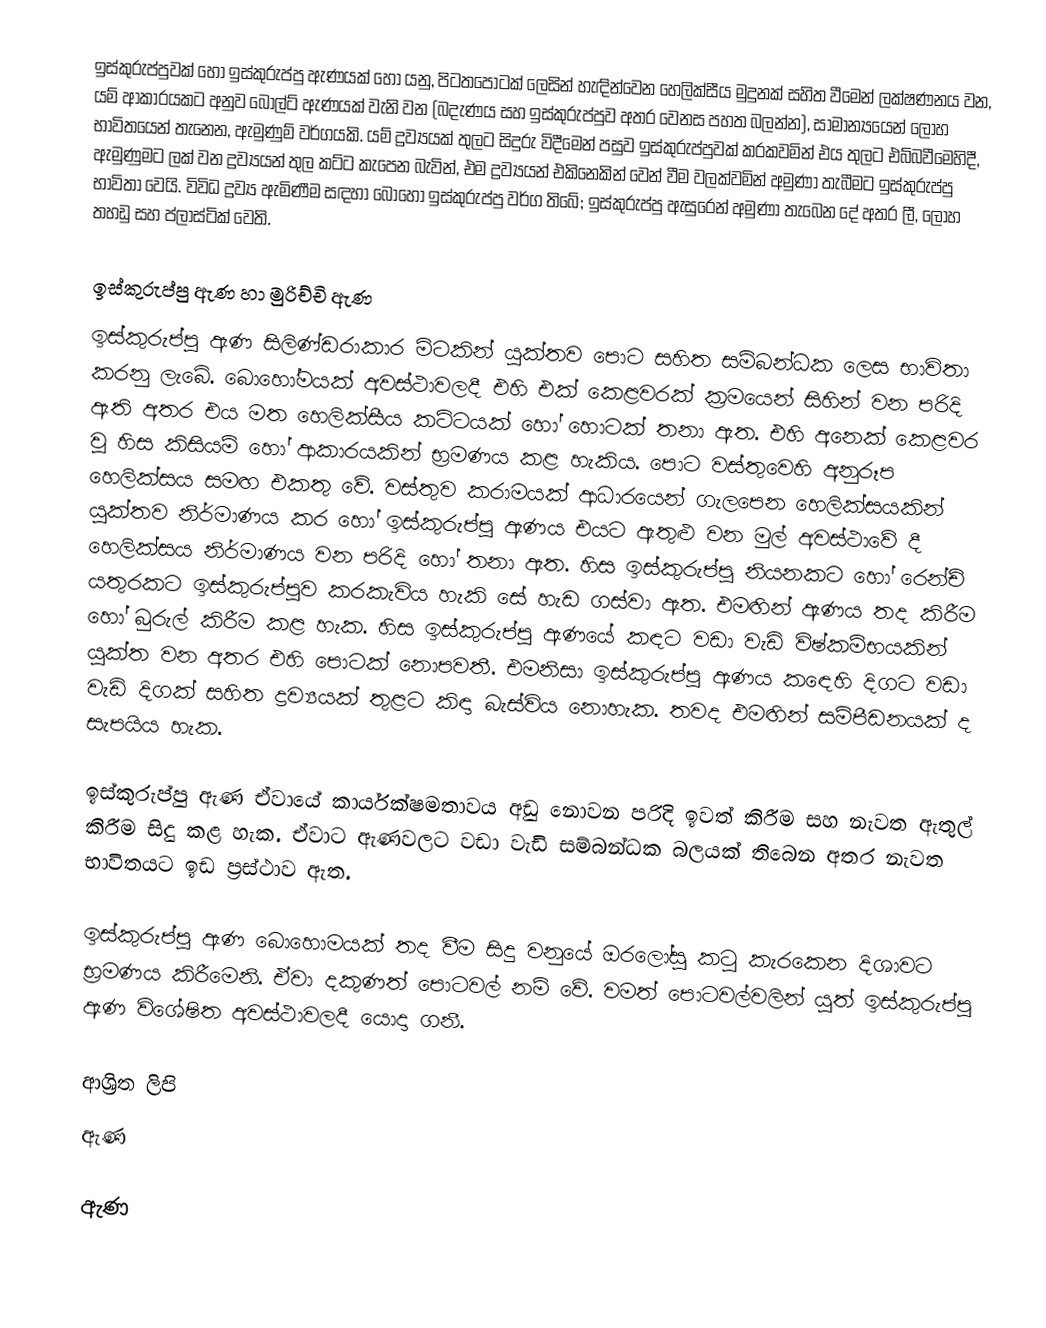
ඉස්කුරුප්පුවක්  හෝ ඉස්කුරුප්පු ඇණයක් හෝ යනු,   පිටතපොටක් ලෙසින් හැඳින්වෙන හෙලික්සීය මුදුනක් සහිත වීමෙන් ලක්ෂණනය වන,  යම් ආකාරයකට අනුව බෝල්ට් ඇණයක් වැනි වන (බදැණය සහ ඉස්කුරුප්පුව අතර වෙනස පහත බලන්න), සාමාන්‍යයෙන් ලෝහ භාවිතයෙන් තැනෙන, ඇමුණුම් වර්ගයකි. යම් ද්‍රව්‍යයක් තුලට සිදුරු විදීමෙන් පසුව ඉස්කුරුප්පුවක් කරකවමින් එය තුලට එබ්බවීමෙහිදී, ඇමුණුමට ලක් වන ද්‍රව්‍යයන් තුල කට්ට කැපෙන බැවින්, එම ද්‍රව්‍යයන් එකිනෙකින් වෙන් වීම වලක්වමින්  අමුණා තැබීමට ඉස්කුරුප්පු භාවිතා වෙයි.  විවිධ ද්‍රව්‍ය ඇමිණීම සඳහා බොහෝ ඉස්කුරුප්පු වර්ග තිබේ; ඉස්කුරුප්පු ඇසුරෙන් අමුණා තැබෙන දේ අතර ලී, ලෝහ තහඩු සහ ප්ලාස්ටික් වෙති.

ඉස්කුරුප්පු ඇණ හා මුරිච්චි ඇණ
ඉස්කුරුප්පු ඇණ සිලිණ්ඩරාකාර මිටකින් යුක්තව පොට සහිත සම්බන්ධක ලෙස භාවිතා කරනු ලැබේ. බොහෝමයක් අවස්ථාවලදී එහි එක් කෙළවරක් ක්‍රමයෙන් සිහින් වන පරිදි ඇති අතර එය මත හෙලික්සීය කට්ටයක් හෝ හොටක් තනා ඇත. එහි අනෙක් කෙළවර වූ හිස කිසියම් හෝ ආකාරයකින් භ්‍රමණය කළ හැකිය. පොට වස්තුවෙහි අනුරූප හෙලික්සය සමඟ එකතු වේ. වස්තුව කරාමයක් ආධාරයෙන් ගැලපෙන හෙලික්සයකින් යුක්තව නිර්මාණය කර හෝ ඉස්කුරුප්පු ඇණය එයට ඇතුළු වන මුල් අවස්ථාවේ දී හෙලික්සය නිර්මාණය වන පරිදි හෝ තනා ඇත. හිස ඉස්කුරුප්පු නියනකට හෝ රෙන්ච් යතුරකට ඉස්කුරුප්පුව කරකැවිය හැකි සේ හැඩ ගස්වා ඇත. එමඟින් ඇණය තද කිරීම හෝ බුරුල් කිරීම කළ හැක. හිස ඉස්කුරුප්පු ඇණයේ කඳට වඩා වැඩි විෂ්කම්භයකින් යුක්ත වන අතර එහි පොටක් නොපවතී. එමනිසා ඉස්කුරුප්පු ඇණය කඳෙහි දිගට වඩා වැඩි දිගක් සහිත ද්‍රව්‍යයක් තුළට කිඳා බැස්විය නොහැක. තවද එමඟින් සම්පීඩනයක් ද සැපයිය හැක.

ඉස්කුරුප්පු ඇණ ඒවායේ කාර්යක්ෂමතාවය අඩු නොවන පරිදි ඉවත් කිරීම සහ නැවත ඇතුල් කිරීම සිදු කළ හැක. ඒවාට ඇණවලට වඩා වැඩි සම්බන්ධක බලයක් තිබෙන අතර නැවත භාවිතයට ඉඩ ප්‍රස්ථාව ඇත.

ඉස්කුරුප්පු ඇණ බොහොමයක් තද වීම සිදු වනුයේ ඔරලෝසු කටු කැරකෙන දිශාවට භ්‍රමණය කිරීමෙනි. ඒවා දකුණත් පොටවල් නම් වේ. වමත් පොටවල්වලින් යුත් ඉස්කුරුප්පු ඇණ විශේෂිත අවස්ථාවලදී යොදා ගනී.

ආශ්‍රිත ලිපි
 ඇණ

ඇණ